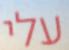
עלי